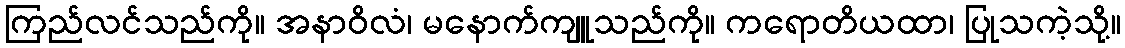
ကြည်လင်သည်ကို။ အနာဝိလံ၊ မနောက်ကျူသည်ကို။ ကရောတိယထာ၊ ပြုသကဲ့သို့။